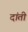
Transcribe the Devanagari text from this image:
दांती